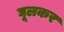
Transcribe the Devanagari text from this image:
घूलकर